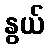
နွယ်